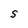
Character: S